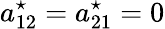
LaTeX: a_{12}^{\star}=a_{21}^{\star}=0